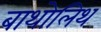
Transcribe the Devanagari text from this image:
बाथोलिथ